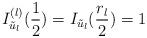
LaTeX: \begin{align*}I_{\tilde{u}_l}^{(l)}(\frac{1}{2})= I_{\tilde{u}_l}(\frac{r_l}{2})= 1 \end{align*}